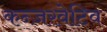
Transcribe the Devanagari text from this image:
कन्ज़रवेटिव